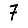
Digit: 7